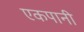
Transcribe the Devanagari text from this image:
एकपानी